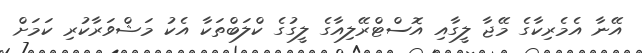
އޭނާ އެމެރިކާގެ މޭޖާ ލީގާއި އޮސްޓްރޭލިއާގެ ލީގުގެ ކްލަބްތަކާ އެކު މަޝްވަރާކުރި ކަމަށް